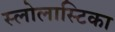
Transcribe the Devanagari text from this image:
स्लोलास्टिका